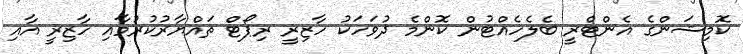
ކޮމިޝަންގެ އެންޓްރީ ބެލެހެއްޓުން ކޮންމެ ދުވަހަކު ހާޒިރީ ރިޕޯޓް ތައްޔާރުކުރުމާއި ހާޒިރީ އާއި